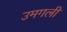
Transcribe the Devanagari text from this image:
उमगली